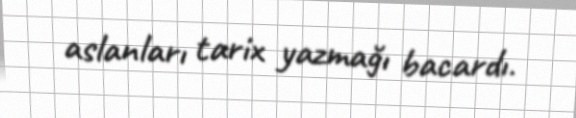
aslanları tarix yazmağı bacardı.